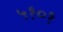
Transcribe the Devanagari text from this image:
५१०१